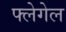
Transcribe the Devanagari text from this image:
फ्लेगेल